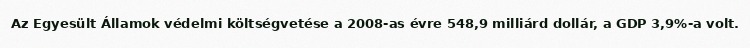
Az Egyesült Államok védelmi költségvetése a 2008-as évre 548,9 milliárd dollár, a GDP 3,9%-a volt.